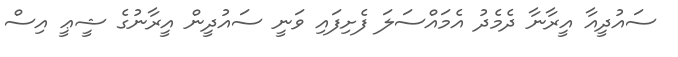
ސައުދީއާ އީރާނާ ދެމެދު އެމައްސަލަ ފެށިފައި ވަނީ ސައުދީން އީރާނުގެ ޝީޢީ އިސް